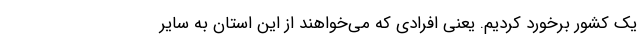
یک کشور برخورد کردیم. یعنی افرادی که می‌خواهند از این استان به سایر